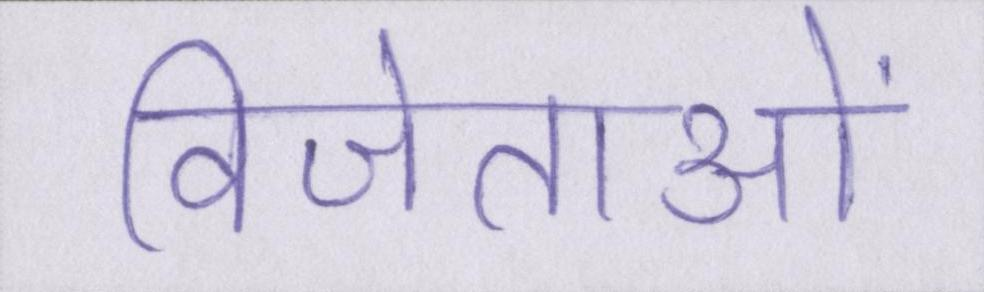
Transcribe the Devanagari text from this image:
विजेताओं